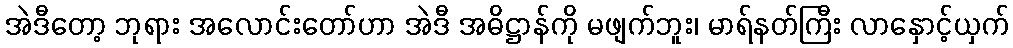
အဲဒီတော့ ဘုရား အလောင်းတော်ဟာ အဲဒီ အဓိဋ္ဌာန်ကို မဖျက်ဘူး၊ မာရ်နတ်ကြီး လာနှောင့်ယှက်